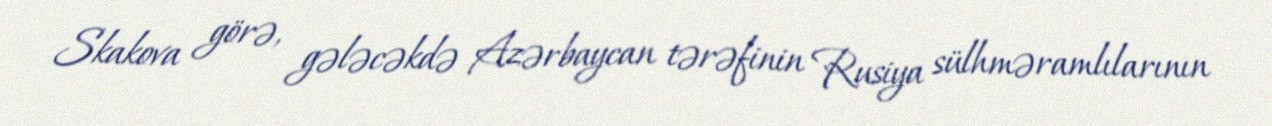
Skakova görə, gələcəkdə Azərbaycan tərəfinin Rusiya sülhməramlılarının